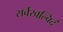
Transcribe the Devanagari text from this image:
सर्वखल्विदं